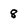
Character: 8